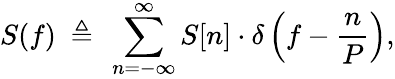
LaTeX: S(f)\ \triangleq\ \sum_{n=-\infty}^{\infty}S[n]\cdot\delta\left(f-{\frac{n}{P}}\right),